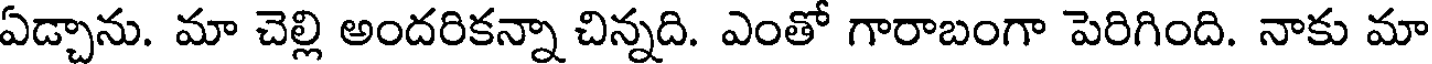
ఏడ్చాను. మా చెల్లి అందరికన్నా చిన్నది. ఎంతో గారాబంగా పెరిగింది. నాకు మా